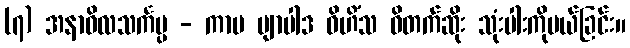
(၇) အနာဝိလသင်္ကပ္ပ - ကာမ ဗျာပါဒ ဝိဟိံသ ဝိတက်ဆိုး သုံးပါးကိုပယ်ခြင်း။